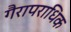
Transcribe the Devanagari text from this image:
गैरापराधिक